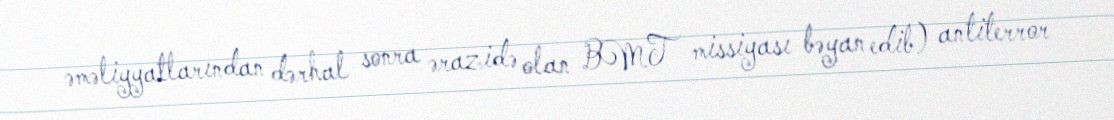
əməliyyatlarından dərhal sonra ərazidə olan BMT missiyası bəyan edib) antiterror